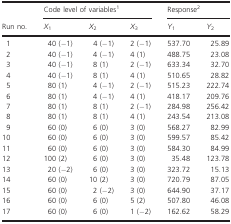
|  | <COLSPAN=3> Code level of variables1 | <COLSPAN=2> Response2 |
 | Run no. | X1 | X2 | X3 | Y1 | Y2 |
 | --- | --- | --- | --- | --- | --- |
 | 1 | 40 (−1) | 4 (−1) | 2 (−1) | 537.70 | 25.89 |
 | 2 | 40 (−1) | 4 (−1) | 4 (1) | 488.75 | 23.08 |
 | 3 | 40 (−1) | 8 (1) | 2 (−1) | 633.34 | 32.70 |
 | 4 | 40 (−1) | 8 (1) | 4 (1) | 510.65 | 28.82 |
 | 5 | 80 (1) | 4 (−1) | 2 (−1) | 515.23 | 222.74 |
 | 6 | 80 (1) | 4 (−1) | 4 (1) | 418.17 | 209.76 |
 | 7 | 80 (1) | 8 (1) | 2 (−1) | 284.98 | 256.42 |
 | 8 | 80 (1) | 8 (1) | 4 (1) | 243.54 | 213.08 |
 | 9 | 60 (0) | 6 (0) | 3 (0) | 568.27 | 82.99 |
 | 10 | 60 (0) | 6 (0) | 3 (0) | 599.57 | 85.42 |
 | 11 | 60 (0) | 6 (0) | 3 (0) | 584.30 | 84.99 |
 | 12 | 100 (2) | 6 (0) | 3 (0) | 35.48 | 123.78 |
 | 13 | 20 (−2) | 6 (0) | 3 (0) | 323.72 | 15.13 |
 | 14 | 60 (0) | 10 (2) | 3 (0) | 720.79 | 87.05 |
 | 15 | 60 (0) | 2 (−2) | 3 (0) | 644.90 | 37.17 |
 | 16 | 60 (0) | 6 (0) | 5 (2) | 507.80 | 46.08 |
 | 17 | 60 (0) | 6 (0) | 1 (−2) | 162.62 | 58.29 |